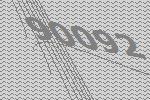
90092